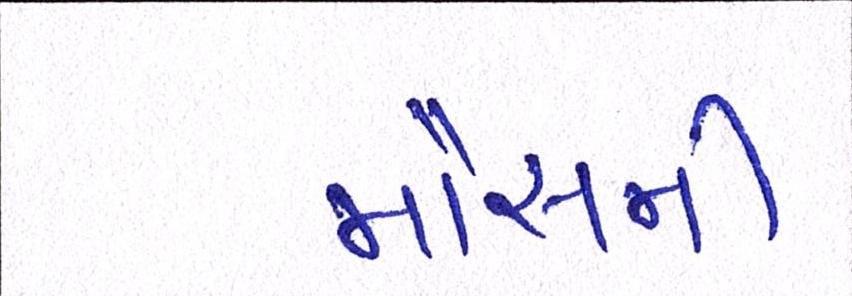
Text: મૌસમી